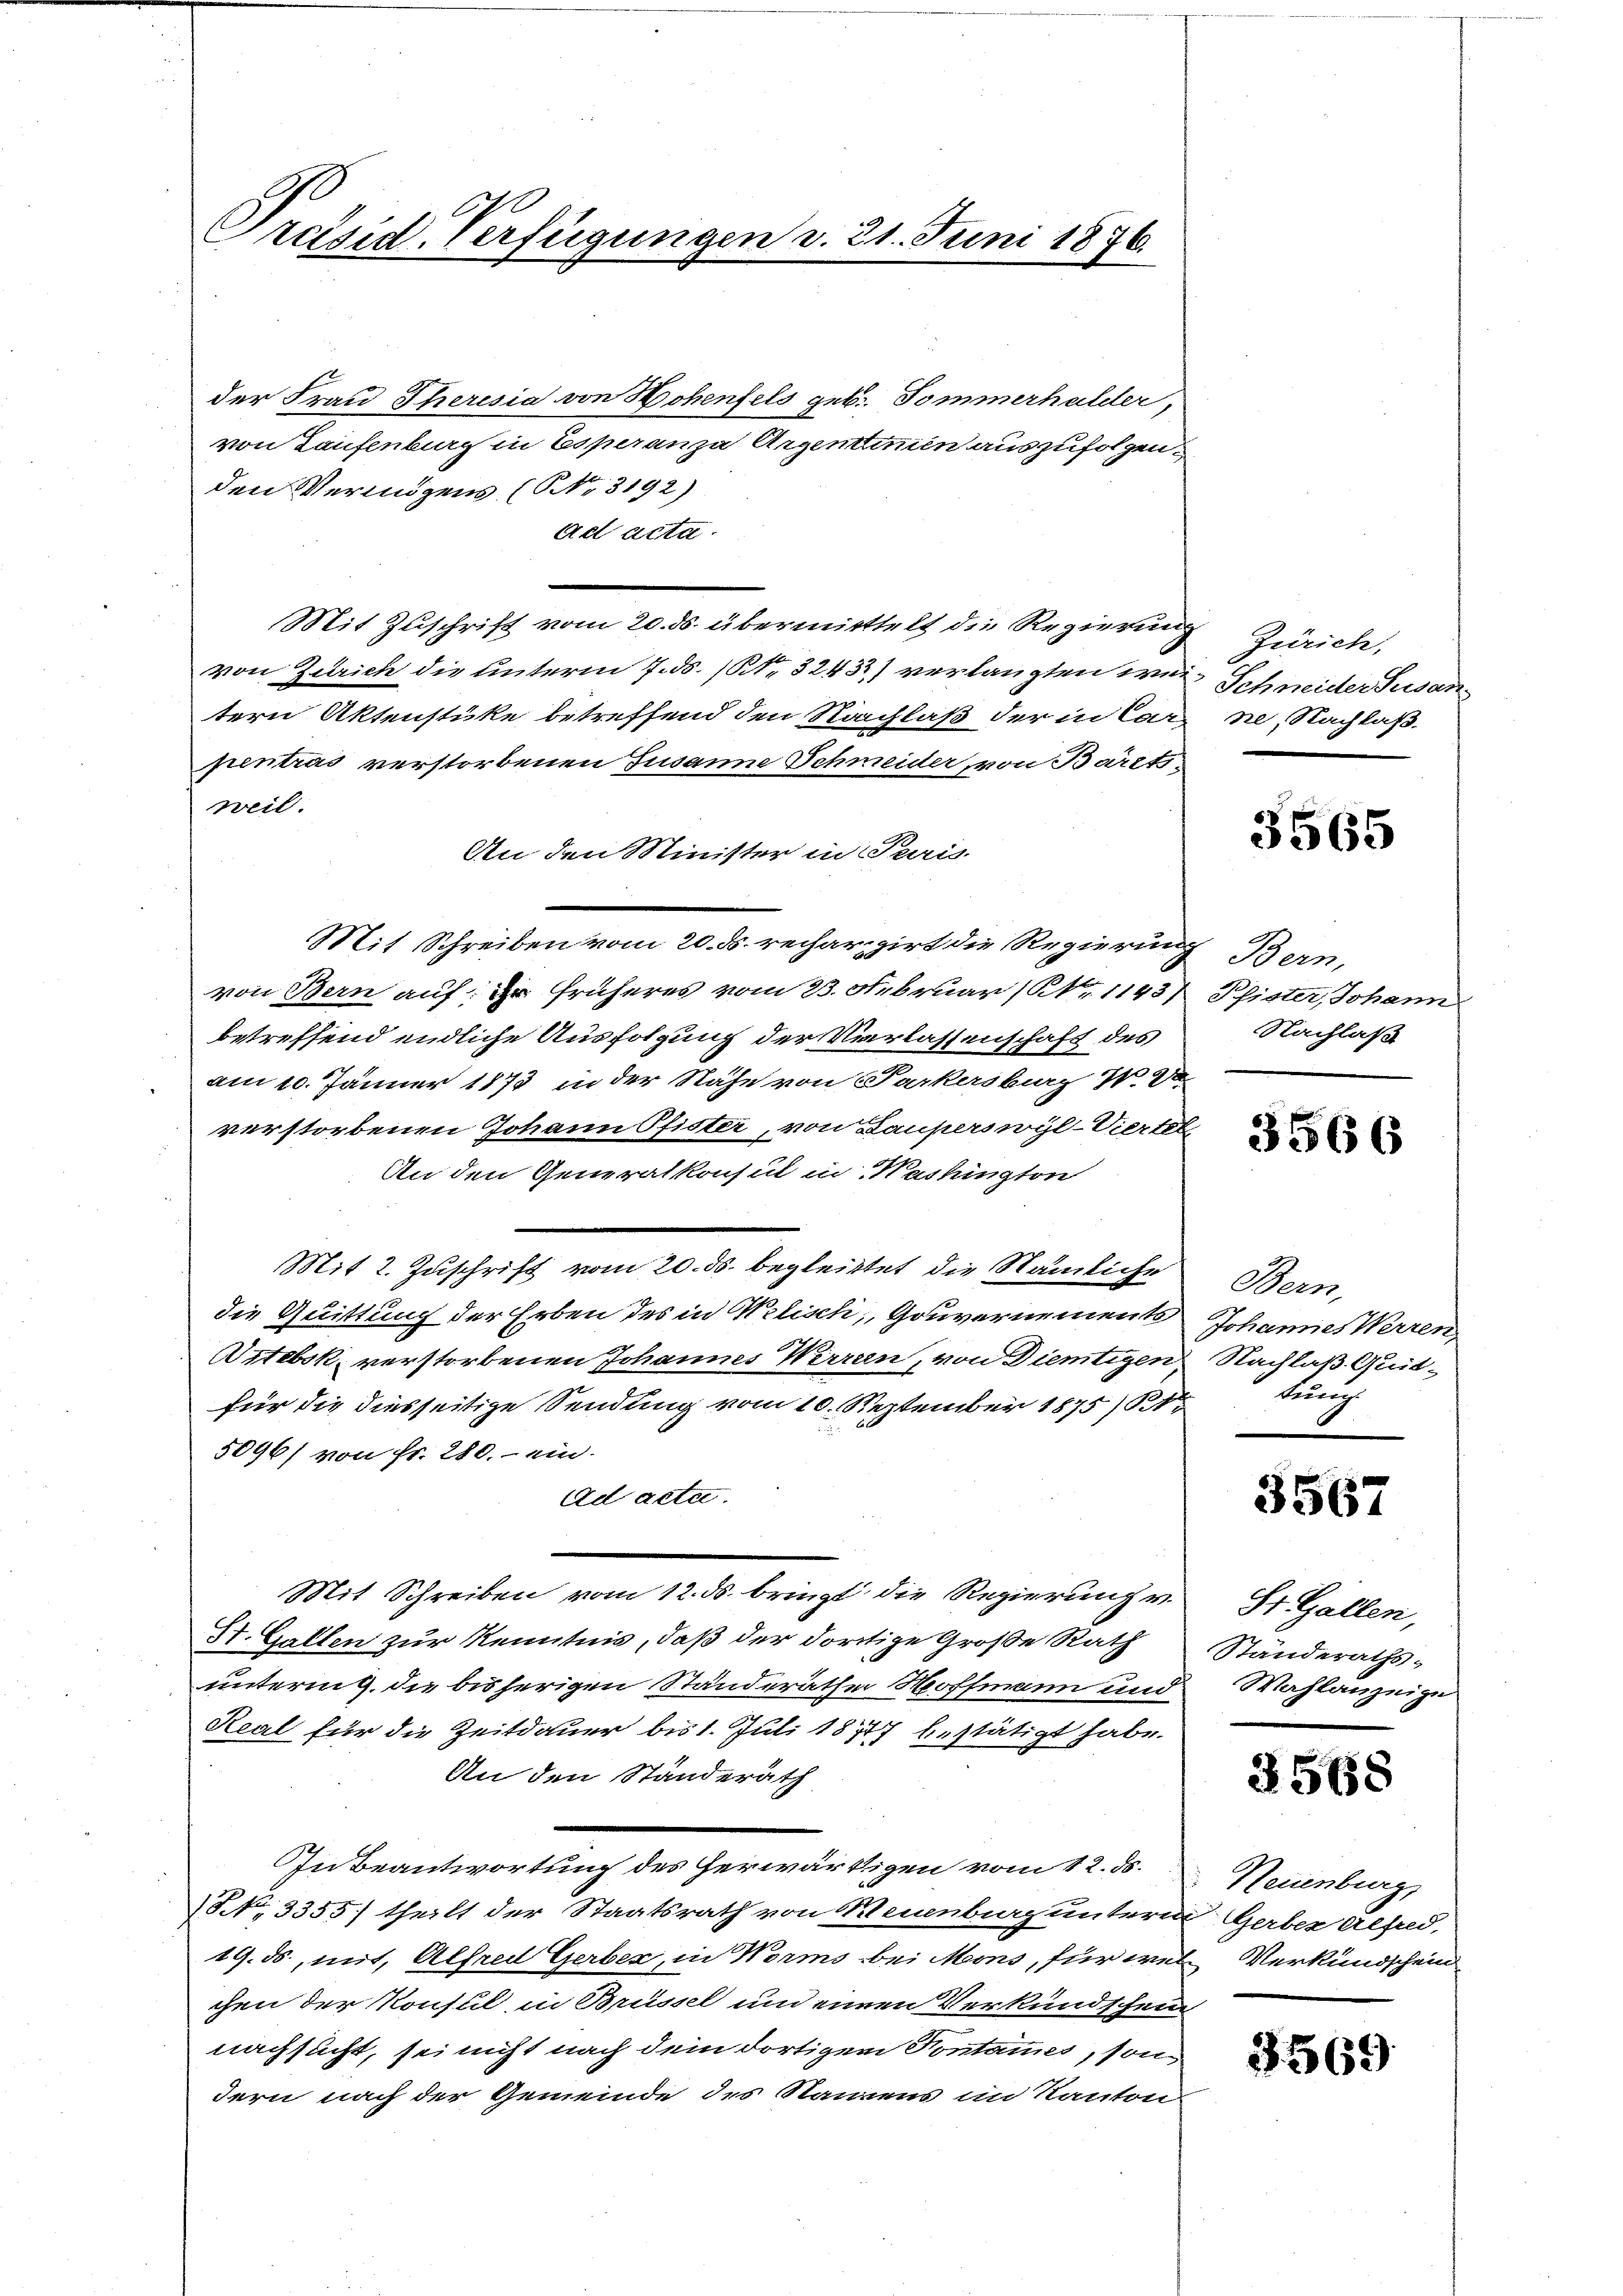
x
Präsid. Verfügungen v. 21. Juni 1876.

der Frau Theresia von Hohenfels geb. Tommerhalder,
von Laufenburg in Esperanza Argentinien auszufolgen
den Vermögens (NNo. 3192)
Ad acta.
Mit Zuschrift vom 20. ds. übermittelt die Regierung Zürich,
von Zürich die unterm 7. ds. (NNo. 3243) verlangten wer Schneider Susantern Aktenstüke betreffend den Nachlaß der in Car
pentras verstorbenen Jusanne Schmeider, von Barzti-
weil.
An den Minister in Puris-
Mit Schreiben vom 20. ds. rechargirt die Regierung Bern,
von Bern auf: Er früheres vom 23. Februar (Nr. 1143/ Pfister, Johann
betreffend endliche Ausfolgung der Verlassenschaft des
am 10. Jänner 1873 in der Nähe von Parkersburg I 2
verstorbenen Johann Pfister, von Bauperswyl-Viertel
An den Generalkonsul in Washington
Mit 2. Zuschrift vom 20. ds. begleitet, die Nämliche
die Quittung der Erben des in Welisch, Gouvernement Johannes Werren,
Wrtebsk, verstorbenen Johannes Werren, von Dietigen Nachlaß Quitfür die diesseitige Sendung vom 10. September 1875/1
5096/ von fr. 280. ein.
ad acta.
Mit Schreiben vom 12. ds. bringt die Regierung v.
St. Gallen zur Kenntnis, daß der dortige Große Rath
untering, die bisherigen Standerathe Hoffmann und
Real für die Zeitdauer bis 1. Juli 1877 bestätigt habe.
An den Ständerath
In Beantwortung des herwärtigen vom 12. ds.
NNo. 3355) theilt der Staatsrath von Neuenburg unterm Gerber Alfred,
19. ds., mit, Alfred Gerber, in Worms bei Mons, für wel Verkundschein
chen der Konsul in Brüssel um einen Verkundschein
nachsucht, sei nicht nach dem dortigen Kontammes, sondern nach der Gemeinde des Namens im Kanton

ne, Nachlaß.

3565

Nachlaß

3566

Bern,
bung

3567

St. Gallen,
Ständeraths-
Wahlanzeige

3568

Neuenburg

3569